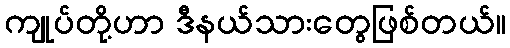
ကျုပ်တို့ဟာ ဒီနယ်သားတွေဖြစ်တယ်။